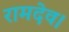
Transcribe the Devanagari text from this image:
रामदेव।